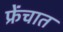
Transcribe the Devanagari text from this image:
फ्रेंचात